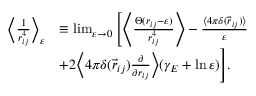
\begin{array} { r l } { \bigg \langle \frac { 1 } { r _ { i j } ^ { 4 } } \bigg \rangle _ { \varepsilon } } & { \equiv \operatorname* { l i m } _ { \varepsilon \rightarrow 0 } \Bigg [ \Bigg \langle \frac { \Theta ( r _ { i j } - \varepsilon ) } { r _ { i j } ^ { 4 } } \Bigg \rangle - \frac { \langle 4 \pi \delta ( \vec { r } _ { i j } ) \rangle } { \varepsilon } } \\ & { + 2 \bigg \langle 4 \pi \delta ( \vec { r } _ { i j } ) \frac { \partial } { \partial r _ { i j } } \bigg \rangle ( \gamma _ { E } + \ln \varepsilon ) \Bigg ] . } \end{array}